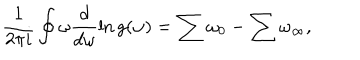
LaTeX: \frac { 1 } { 2 \pi i } \oint \omega \frac { d } { d \omega } \ln g ( \omega ) = \sum \omega _ { 0 } - \sum \omega _ { \infty } ,